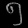
Digit: ၅